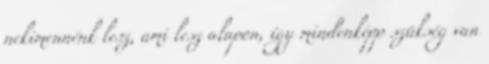
nekimennénk lesz, ami lesz alapon, így mindenképp szükség van